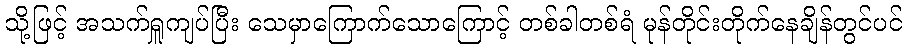
သို့ဖြင့် အသက်ရှူကျပ်ပြီး သေမှာကြောက်သောကြောင့် တစ်ခါတစ်ရံ မုန်တိုင်းတိုက်နေချိန်တွင်ပင်